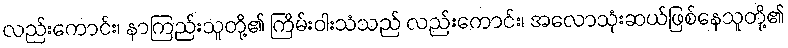
လည်းကောင်း၊ နာကြည်းသူတို့၏ ကြိမ်းဝါးသံသည် လည်းကောင်း၊ အလောသုံးဆယ်ဖြစ်နေသူတို့၏